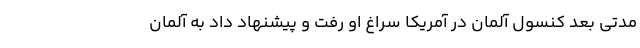
مدتی بعد کنسول آلمان در آمریکا سراغ او رفت و پیشنهاد داد به آلمان